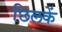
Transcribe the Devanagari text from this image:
छिलकें